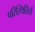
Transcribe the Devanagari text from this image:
परिस्थितियँ